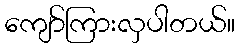
ကျော်ကြားလှပါတယ်။